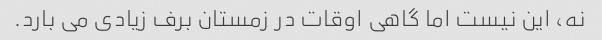
نه، این نیست اما گاهی اوقات در زمستان برف زیادی می بارد.